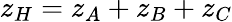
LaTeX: z_{H}=z_{A}+z_{B}+z_{C}